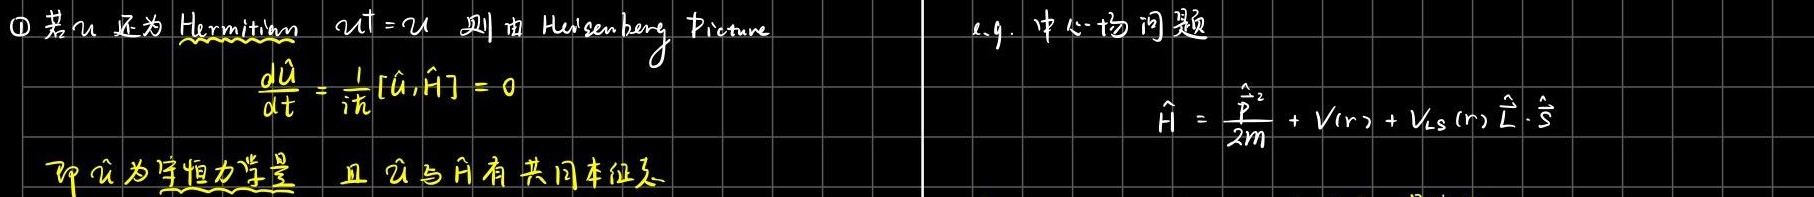
\textcircled{1} 若$\hat{u}$还为 Hermitian，$\hat{u}^{\dagger}=\hat{u}$，则由 Heisenberg Picture
\[
\frac{d\hat{u}}{dt}=\frac{1}{i\hbar}[\hat{u},\hat{H}]=0
\]
即$\hat{u}$为守恒力学量，且$\hat{u}$与$\hat{H}$有共同本征态。

e.g. 中心 - 场问题
\[
\hat{H}=\frac{\hat{\mathbf{p}}^{2}}{2m}+V(r)+V_{LS}(r)\hat{\mathbf{L}}\cdot\hat{\mathbf{S}}
\]